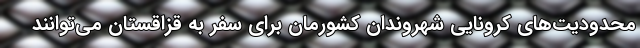
محدودیت‌های کرونایی شهروندان کشورمان برای سفر به قزاقستان می‌توانند